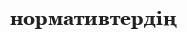
нормативтердің